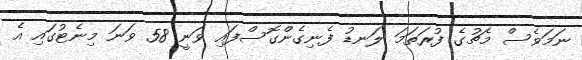
ނަމަވެސް މެޗުގެ ފުރަތަމަ ލަނޑު ފެނިގެންގޮސްފައި ވަނީ 58 ވަނަ މިނެޓުގައި އެ